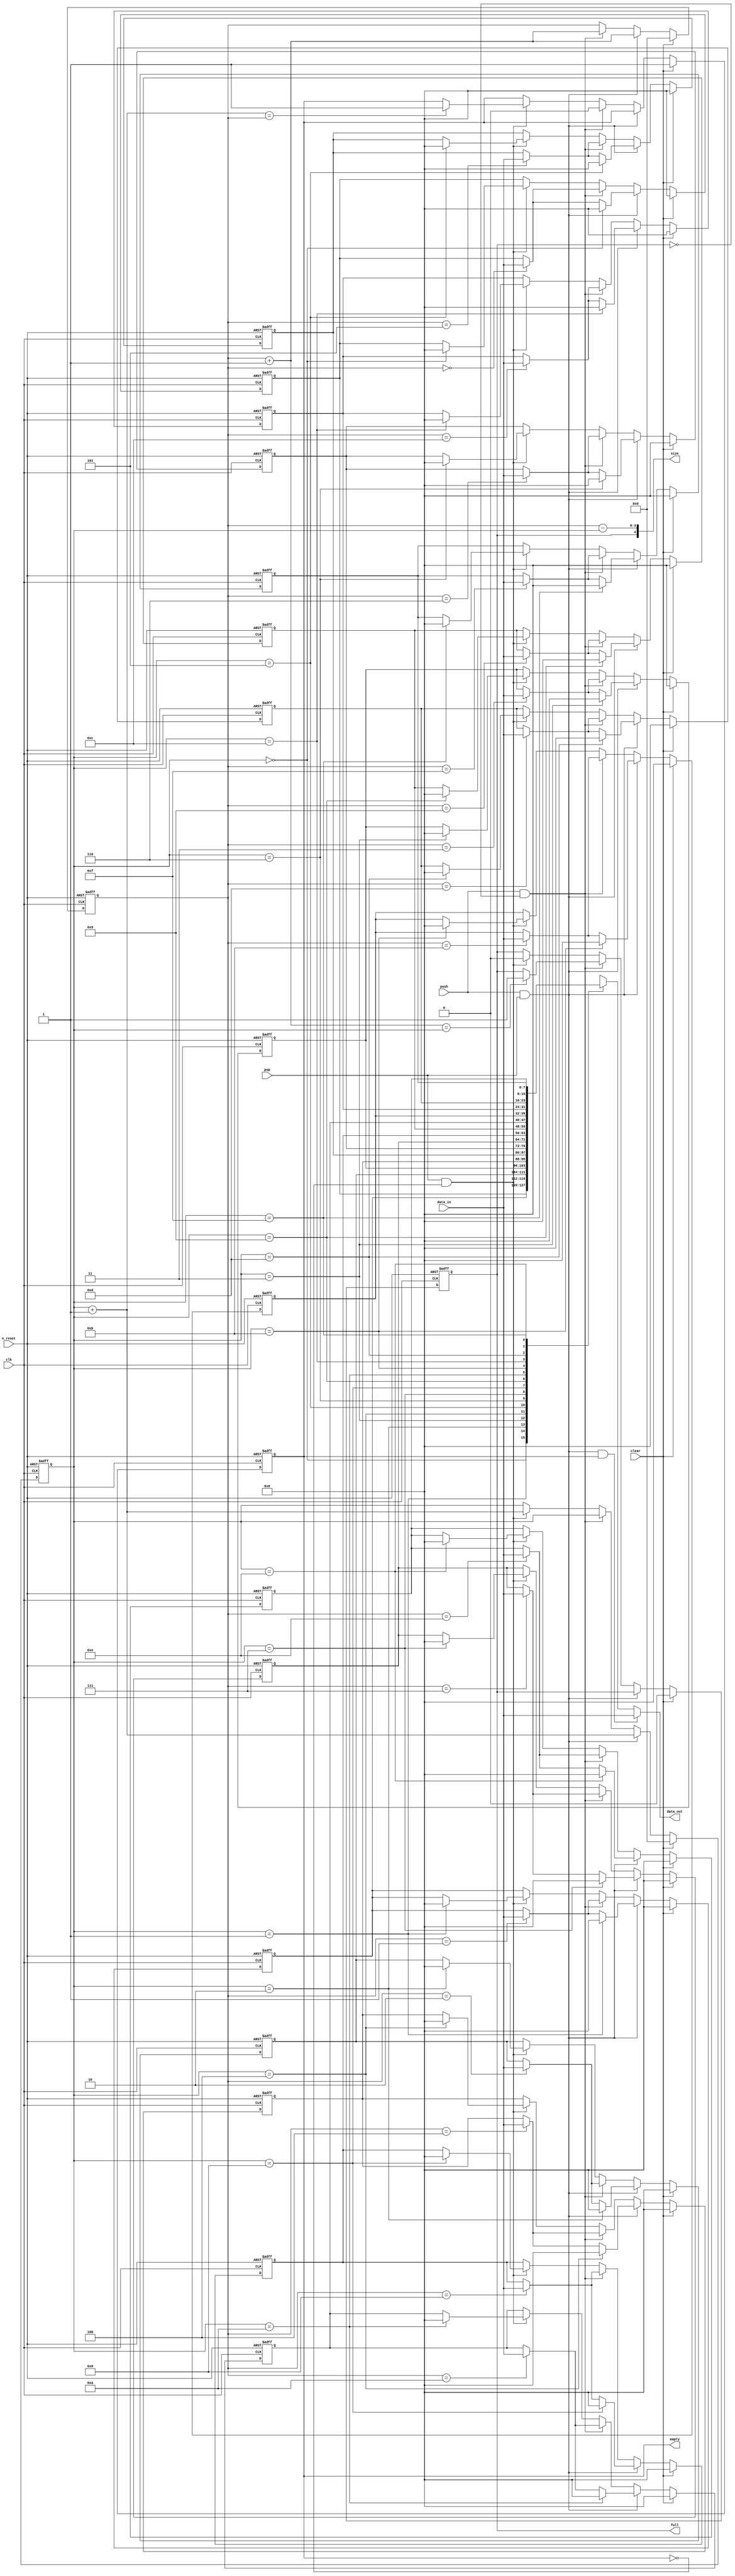
//
// Copyright 2022 FRAUNHOFER INSTITUTE OF MICROELECTRONIC CIRCUITS AND SYSTEMS (IMS), DUISBURG, GERMANY.
// --- All rights reserved --- 
// SPDX-License-Identifier: Apache-2.0 WITH SHL-2.1
// Licensed under the Solderpad Hardware License v 2.1 (the "License");
// you may not use this file except in compliance with the License, or, at your option, the Apache License version 2.0.
// You may obtain a copy of the License at
// https://solderpad.org/licenses/SHL-2.1/
// Unless required by applicable law or agreed to in writing, any work distributed under the License is distributed on an "AS IS" BASIS,
// WITHOUT WARRANTIES OR CONDITIONS OF ANY KIND, either express or implied.
// See the License for the specific language governing permissions and limitations under the License.
//

module airi5c_uart_fifo
#(
    parameter       ADDR_WIDTH  = 4,
    parameter       DATA_WIDTH  = 8
)
(
    input                       n_reset,
    input                       clear,
    input                       clk,

    // write port
    input                       push,
    input   [DATA_WIDTH-1:0]    data_in,

    // read port
    input                       pop,
    output  [DATA_WIDTH-1:0]    data_out,

    output  [ADDR_WIDTH:0]      size,
    output  reg                 empty,
    output  reg                 full
);

    reg     [DATA_WIDTH-1:0]    fifo[2**ADDR_WIDTH-1:0];

    reg     [ADDR_WIDTH-1:0]    read_ptr;
    wire    [ADDR_WIDTH-1:0]    read_ptr_next;
    reg     [ADDR_WIDTH-1:0]    write_ptr;
    wire    [ADDR_WIDTH-1:0]    write_ptr_next;

    assign                      read_ptr_next   = read_ptr + 1;
    assign                      write_ptr_next  = write_ptr + 1;

    assign                      data_out        = push && pop && empty ? data_in : fifo[read_ptr];
    assign                      size            = {full, write_ptr - read_ptr};

    integer i;

    always @(posedge clk, negedge n_reset) begin
        if (!n_reset) begin
            for (i = 0; i < 2**ADDR_WIDTH; i = i+1)
                fifo[i] <= 0;

            read_ptr        <= 0;
            write_ptr       <= 0;
            empty           <= 1'b1;
            full            <= 1'b0;
        end

        else if (clear) begin
            for (i = 0; i < 2**ADDR_WIDTH; i = i+1)
                fifo[i] <= 0;

            read_ptr        <= 0;
            write_ptr       <= 0;
            empty           <= 1'b1;
            full            <= 1'b0;
        end

        else if (push && pop) begin
            fifo[write_ptr] <= data_in;
            fifo[read_ptr]  <= 0;
            write_ptr       <= write_ptr_next;
            read_ptr        <= read_ptr_next;
        end

        else if (push && !full) begin
            fifo[write_ptr] <= data_in;
            write_ptr       <= write_ptr_next;
            empty           <= 1'b0;

            if (write_ptr_next == read_ptr)
                full <= 1'b1;
        end

        else if (pop && !empty) begin
            fifo[read_ptr]  <= 0;
            read_ptr        <= read_ptr_next;
            full            <= 1'b0;

            if (read_ptr_next == write_ptr)
                empty <= 1'b1;
        end
    end

endmodule